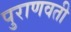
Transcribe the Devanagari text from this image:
पुराणवती